Venemaal_asunud_Eesti_seltside_dokumendid, lk 8
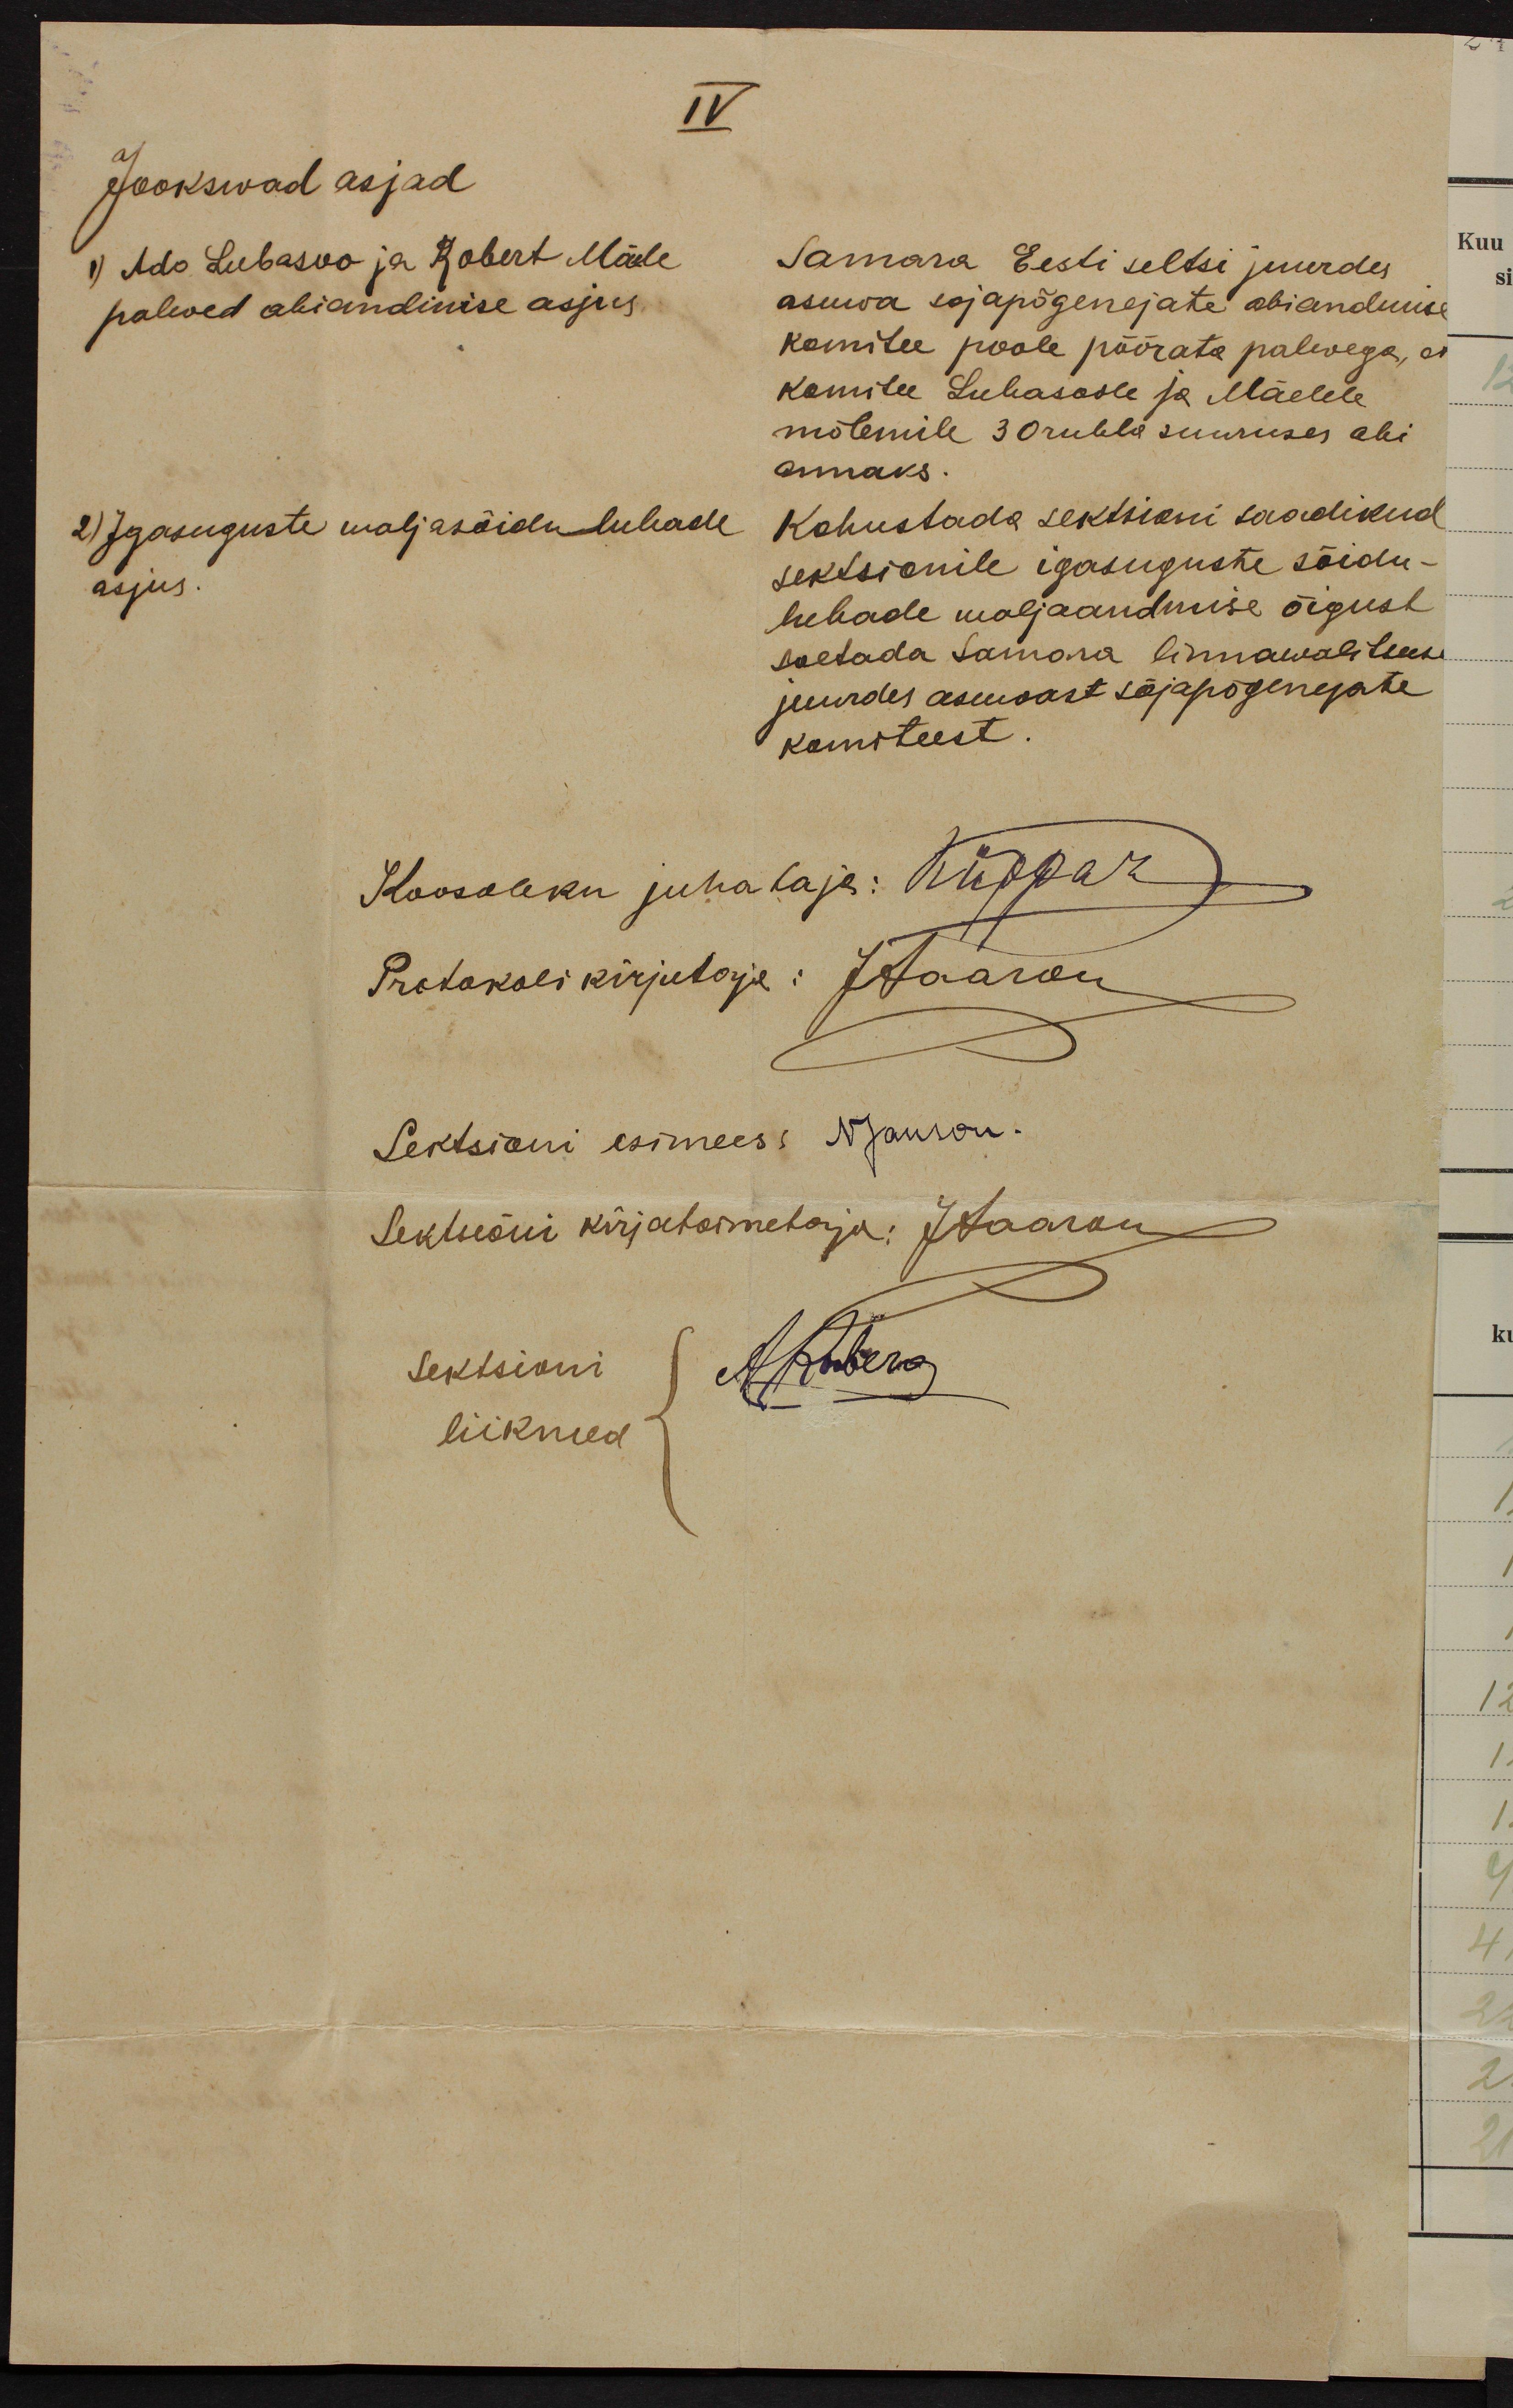
IV
Jookswad asjad
1) Ado Lubasoo ja Robert Mäele
paleved abiandmise asjus
Samara Eesti seltsi juurdes
asuwa sojapõgenejate abiandmise
komitee poole pöörata palevega, et
komitee Lubasoole ja Mäelele
mõlemile 30 rubla suuruses abi-
annaks.
2) Igasuguste väljasõidu lubade
asjus.
Kohustada sektsioni saadikud
sektsionile igasuguste sõidu-
lubade waljaandmise õigust
soetada Samara linnawalitsuse
juurdes asuvast sõjapõgenejate
komiteest.
Koosoleku juhataja: Küppar
Protokolli kirjutaja: JHaaron
Sektsioni esimees NJanson.
Sektsioni kirjatoimetaja: JHaaran
Sektsioni
liikmed
Akberg